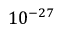
1 0 ^ { - 2 7 }